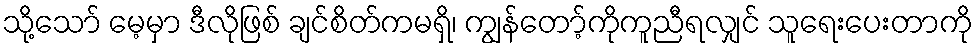
သို့သော် မေ့မှာ ဒီလိုဖြစ် ချင်စိတ်ကမရှိ၊ ကျွန်တော့်ကိုကူညီရလျှင် သူရေးပေးတာကို